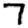
Digit: 7